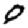
Digit: 0